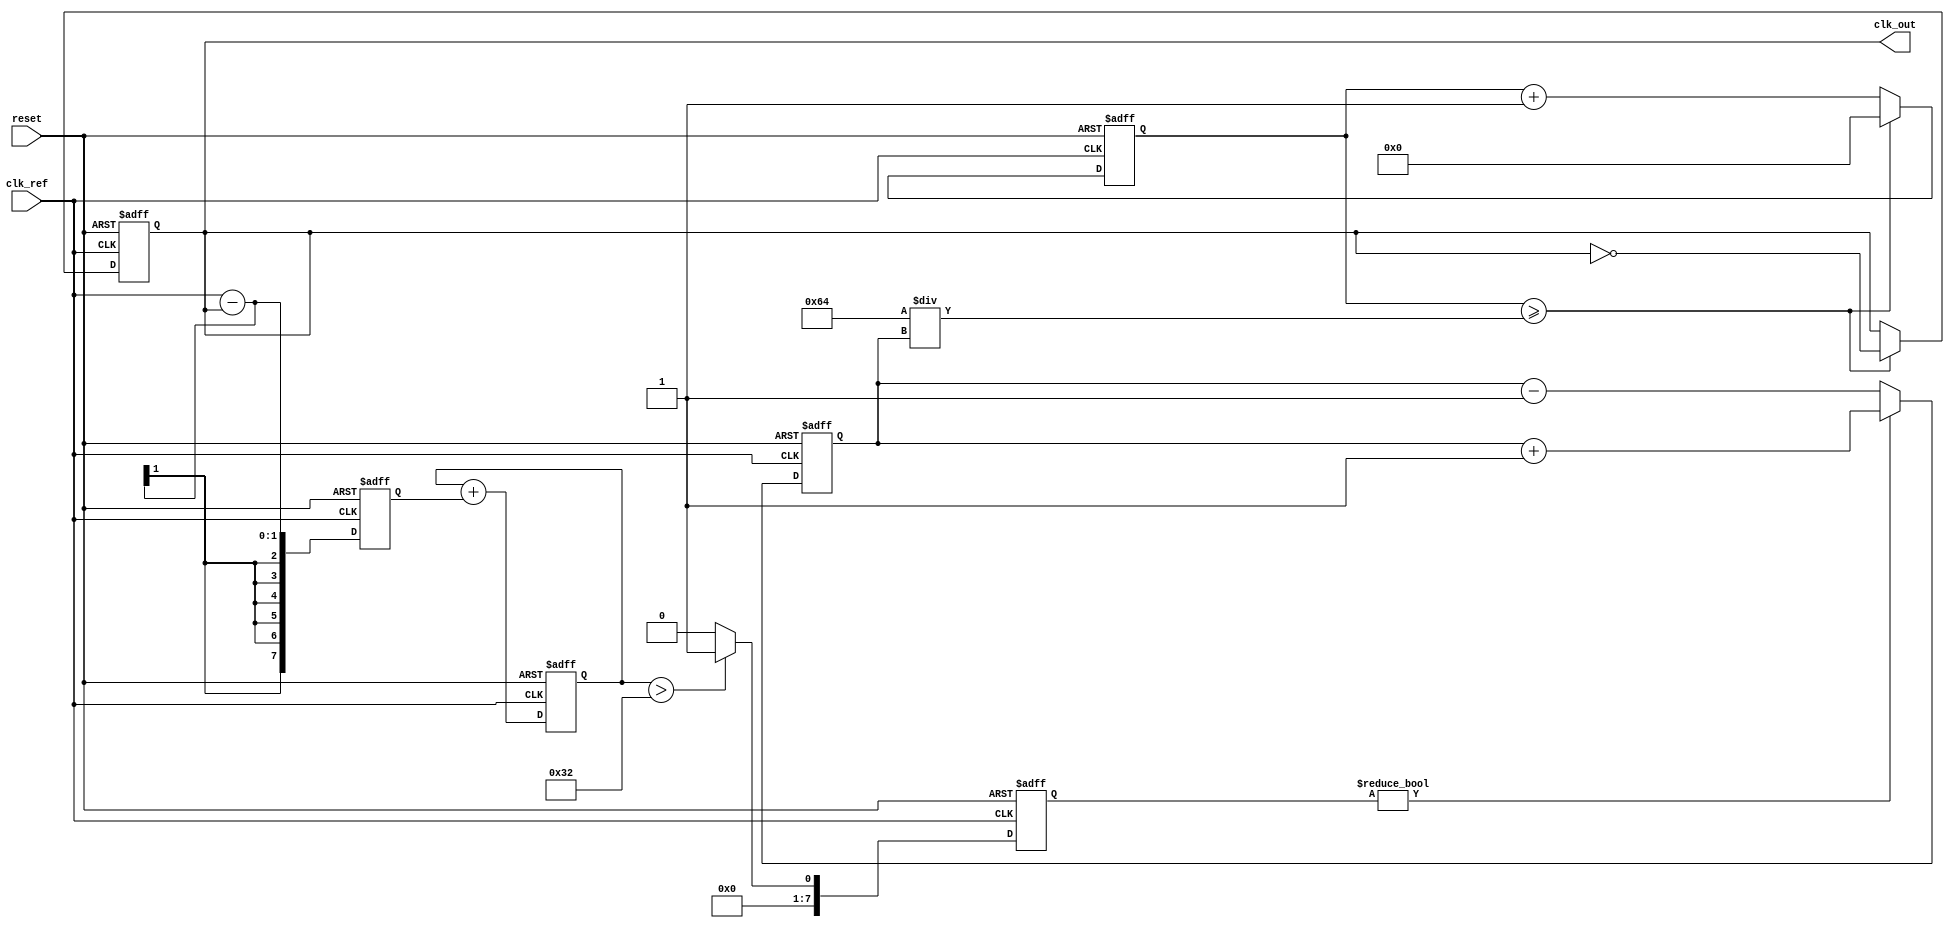
module sigma_delta_pll (
    input wire clk_ref,          // Reference clock input
    input wire reset,            // Reset signal
    output reg clk_out           // Output clock signal
);

    // Parameters
    parameter N = 8;             // Order of the sigma-delta modulator
    parameter VCO_MAX_FREQ = 100; // Maximum frequency of VCO
    parameter VCO_MIN_FREQ = 10;  // Minimum frequency of VCO

    // Internal signals
    reg [N-1:0] phase_error;     // Phase error signal
    reg [N-1:0] control_voltage;  // Control voltage from loop filter
    reg [N-1:0] sigma_delta_out;  // Output of sigma-delta modulator
    reg [N-1:0] vco_freq;         // Current frequency of VCO
    reg [N-1:0] vco_counter;      // Counter for VCO output generation

    // Phase Detector (PD)
    always @(posedge clk_ref or posedge reset) begin
        if (reset) begin
            phase_error <= 0;
        end else begin
            // Simple phase error calculation (for demonstration)
            phase_error <= clk_ref - clk_out; // Replace with actual phase detection logic
        end
    end

    // Loop Filter (LF)
    always @(posedge clk_ref or posedge reset) begin
        if (reset) begin
            control_voltage <= 0;
        end else begin
            // Simple first-order loop filter (for demonstration)
            control_voltage <= control_voltage + phase_error; // Replace with actual filter logic
        end
    end

    // Sigma-Delta Modulator
    always @(posedge clk_ref or posedge reset) begin
        if (reset) begin
            sigma_delta_out <= 0;
        end else begin
            // Simple 1-bit sigma-delta modulation (for demonstration)
            if (control_voltage > (VCO_MAX_FREQ / 2)) begin
                sigma_delta_out <= 1;
            end else begin
                sigma_delta_out <= 0;
            end
        end
    end

    // Voltage-Controlled Oscillator (VCO)
    always @(posedge clk_ref or posedge reset) begin
        if (reset) begin
            vco_freq <= VCO_MIN_FREQ; // Initialize VCO frequency
            vco_counter <= 0;
            clk_out <= 0;
        end else begin
            // Adjust VCO frequency based on sigma-delta output
            if (sigma_delta_out) begin
                vco_freq <= vco_freq + 1; // Increase frequency
            end else begin
                vco_freq <= vco_freq - 1; // Decrease frequency
            end

            // Generate output clock based on VCO frequency
            vco_counter <= vco_counter + 1;
            if (vco_counter >= (100 / vco_freq)) begin // Adjust the divisor for frequency scaling
                clk_out <= ~clk_out; // Toggle output clock
                vco_counter <= 0;
            end
        end
    end

endmodule